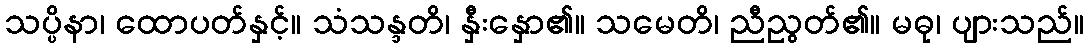
သပ္ပိနာ၊ ထောပတ်နှင့်။ သံသန္ဒတိ၊ နှီးနှော၏။ သမေတိ၊ ညီညွတ်၏။ မဓု၊ ပျားသည်။